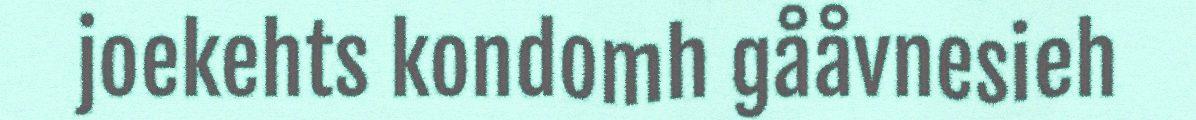
joekehts kondomh gååvnesieh